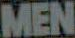
MEN